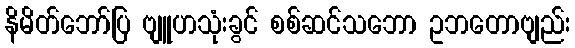
နိမိတ်ဘော်ပြ ဗျူဟသုံးခွင် စစ်ဆင်သဘော ဥဘတောဗျည်း